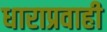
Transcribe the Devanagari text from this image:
धाराप्रवाही